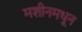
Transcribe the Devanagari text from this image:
मशीनमधून